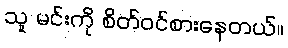
သူ မင်းကို စိတ်ဝင်စားနေတယ်။